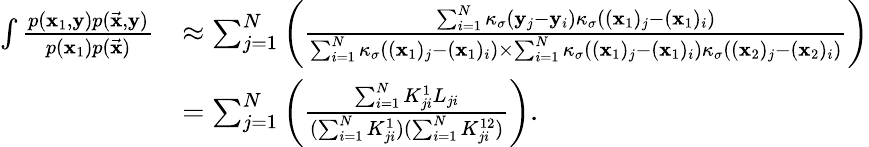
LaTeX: \begin{array}{rl}{\int\frac{p(\mathbf{x}_{1},\mathbf{y})p(\vec{\mathbf{x}},\mathbf{y})}{p(\mathbf{x}_{1})p(\vec{\mathbf{x}})}}&{\approx\sum_{j=1}^{N}\left(\frac{\sum_{i=1}^{N}\kappa_{\sigma}(\mathbf{y}_{j}-\mathbf{y}_{i})\kappa_{\sigma}((\mathbf{x}_{1})_{j}-(\mathbf{x}_{1})_{i})}{\sum_{i=1}^{N}\kappa_{\sigma}((\mathbf{x}_{1})_{j}-(\mathbf{x}_{1})_{i})\times\sum_{i=1}^{N}\kappa_{\sigma}((\mathbf{x}_{1})_{j}-(\mathbf{x}_{1})_{i})\kappa_{\sigma}((\mathbf{x}_{2})_{j}-(\mathbf{x}_{2})_{i})}\right)}\\ &{=\sum_{j=1}^{N}\left(\frac{\sum_{i=1}^{N}K_{ji}^{1}L_{ji}}{(\sum_{i=1}^{N}K_{ji}^{1})(\sum_{i=1}^{N}K_{ji}^{12})}\right).}\end{array}